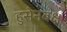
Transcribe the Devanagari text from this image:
हुसेनबक्ष